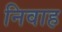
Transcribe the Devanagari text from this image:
निवाह